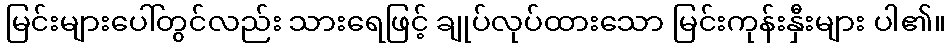
မြင်းများပေါ်တွင်လည်း သားရေဖြင့် ချုပ်လုပ်ထားသော မြင်းကုန်းနှီးများ ပါ၏။